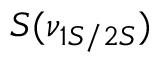
S ( \nu _ { 1 S / 2 S } )